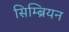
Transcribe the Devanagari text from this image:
सिम्ब्रियन